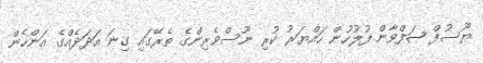
ޔޫސުފް ޞަފްވާން ފުލުހުން ހައްޔަރު ކުރި ނޫސްވެރިންގެ ތެރޭގައި ގިނަ އަދަދެއްގެ އަންހެން